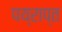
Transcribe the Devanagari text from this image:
पय्राप्त